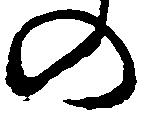
の